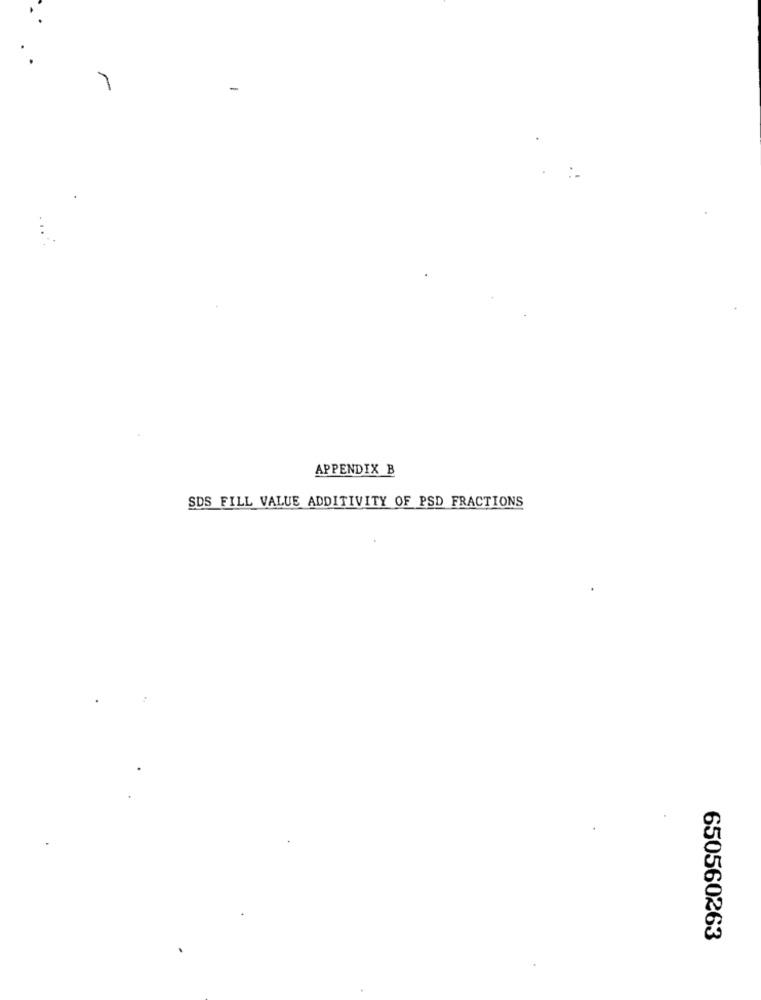
-
APPENDIX B
SDS FILL VALUE ADDITIVITY OF PSD FRACTIONS
650560263